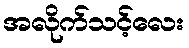
အလိုက်သင့်လေး